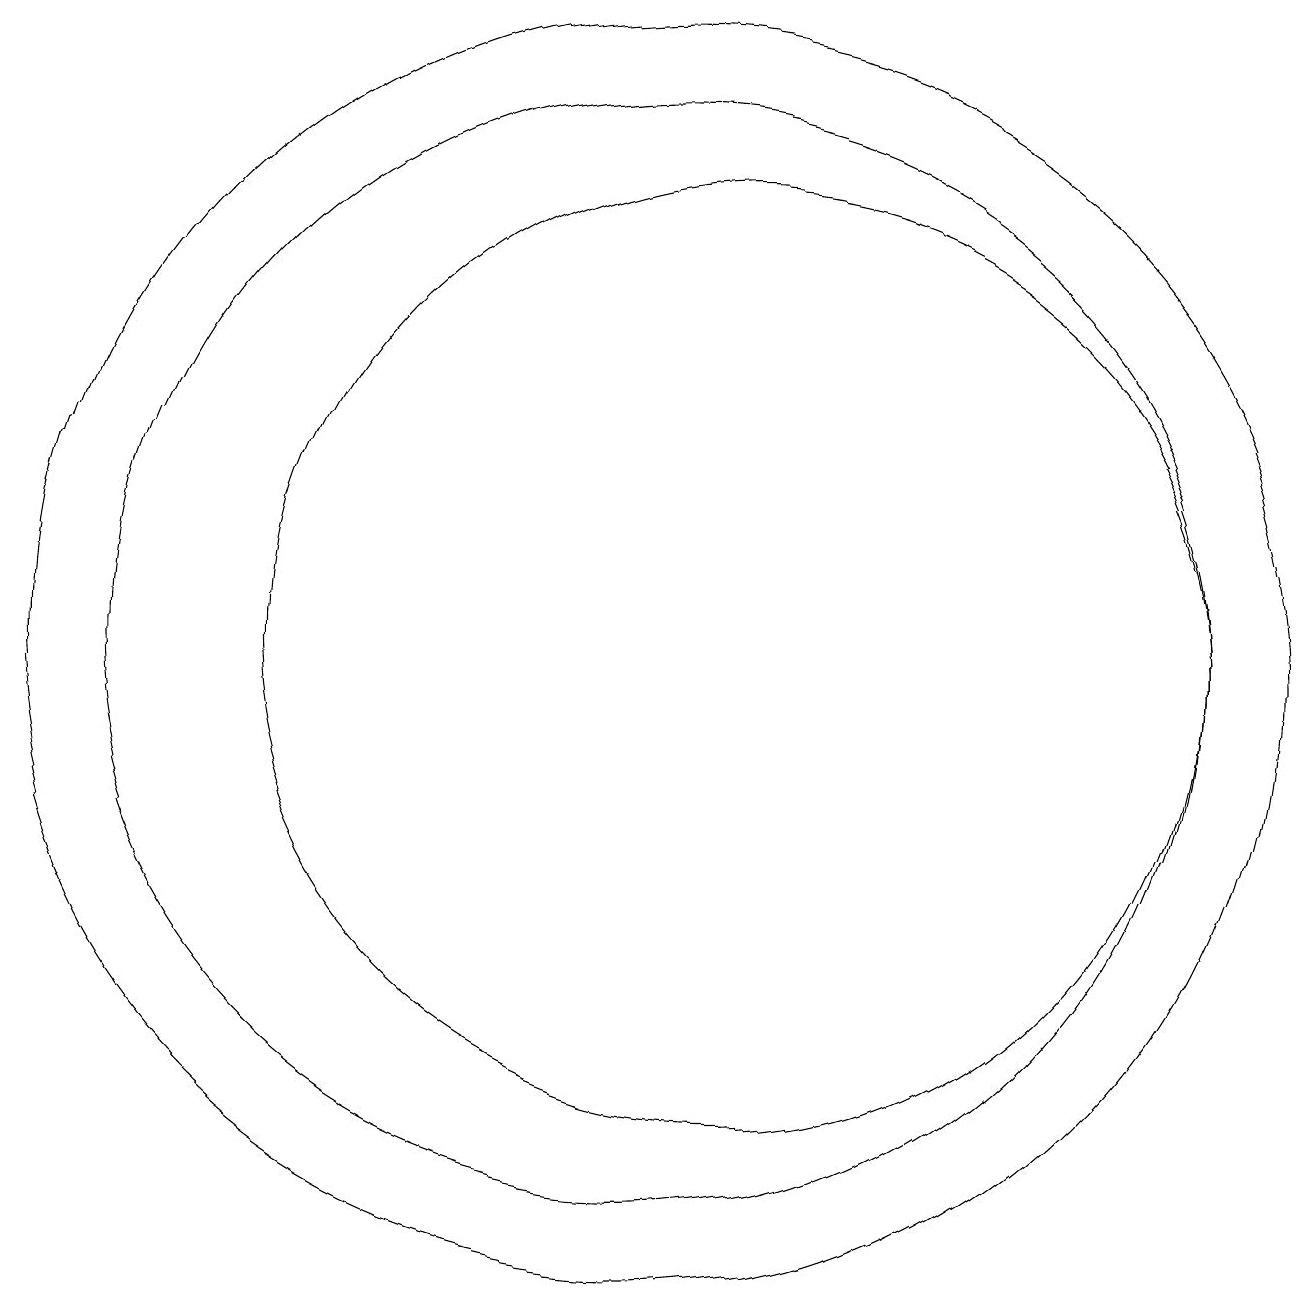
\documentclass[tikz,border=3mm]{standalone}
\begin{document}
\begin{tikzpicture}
\draw (10,11) circle (7);
\draw (10,11) circle (8);
\draw (11,11) circle (6);
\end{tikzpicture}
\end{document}